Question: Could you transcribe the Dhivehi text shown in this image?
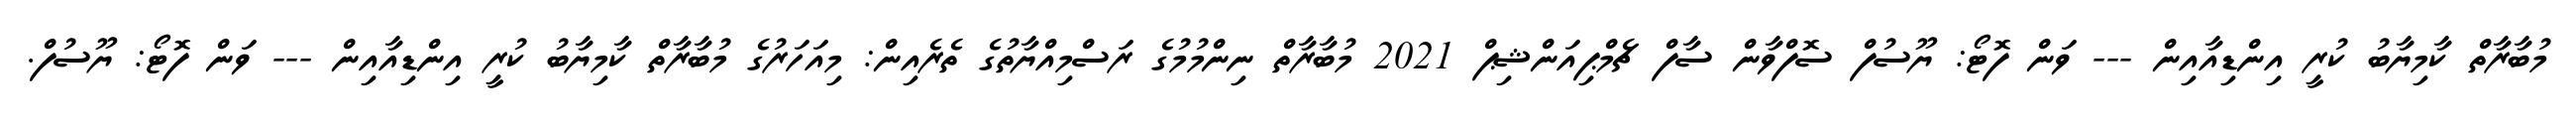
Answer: މުބާރާތް ކާމިޔާބު ކުރީ އިންޑިއާއިން --- ވަން ފޮޓޯ: ޔޫސުފް ސޮފްވާން ސާފް ޗެމްޕިއަންޝިޕް 2021 މުބާރާތް ނިންމުމުގެ ރަސްމިއްޔާތުގެ ތެރެއިން: މިއަހަރުގެ މުބާރާތް ކާމިޔާބު ކުރީ އިންޑިއާއިން --- ވަން ފޮޓޯ: ޔޫސުފް.